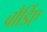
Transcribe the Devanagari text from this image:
बौर्डिए